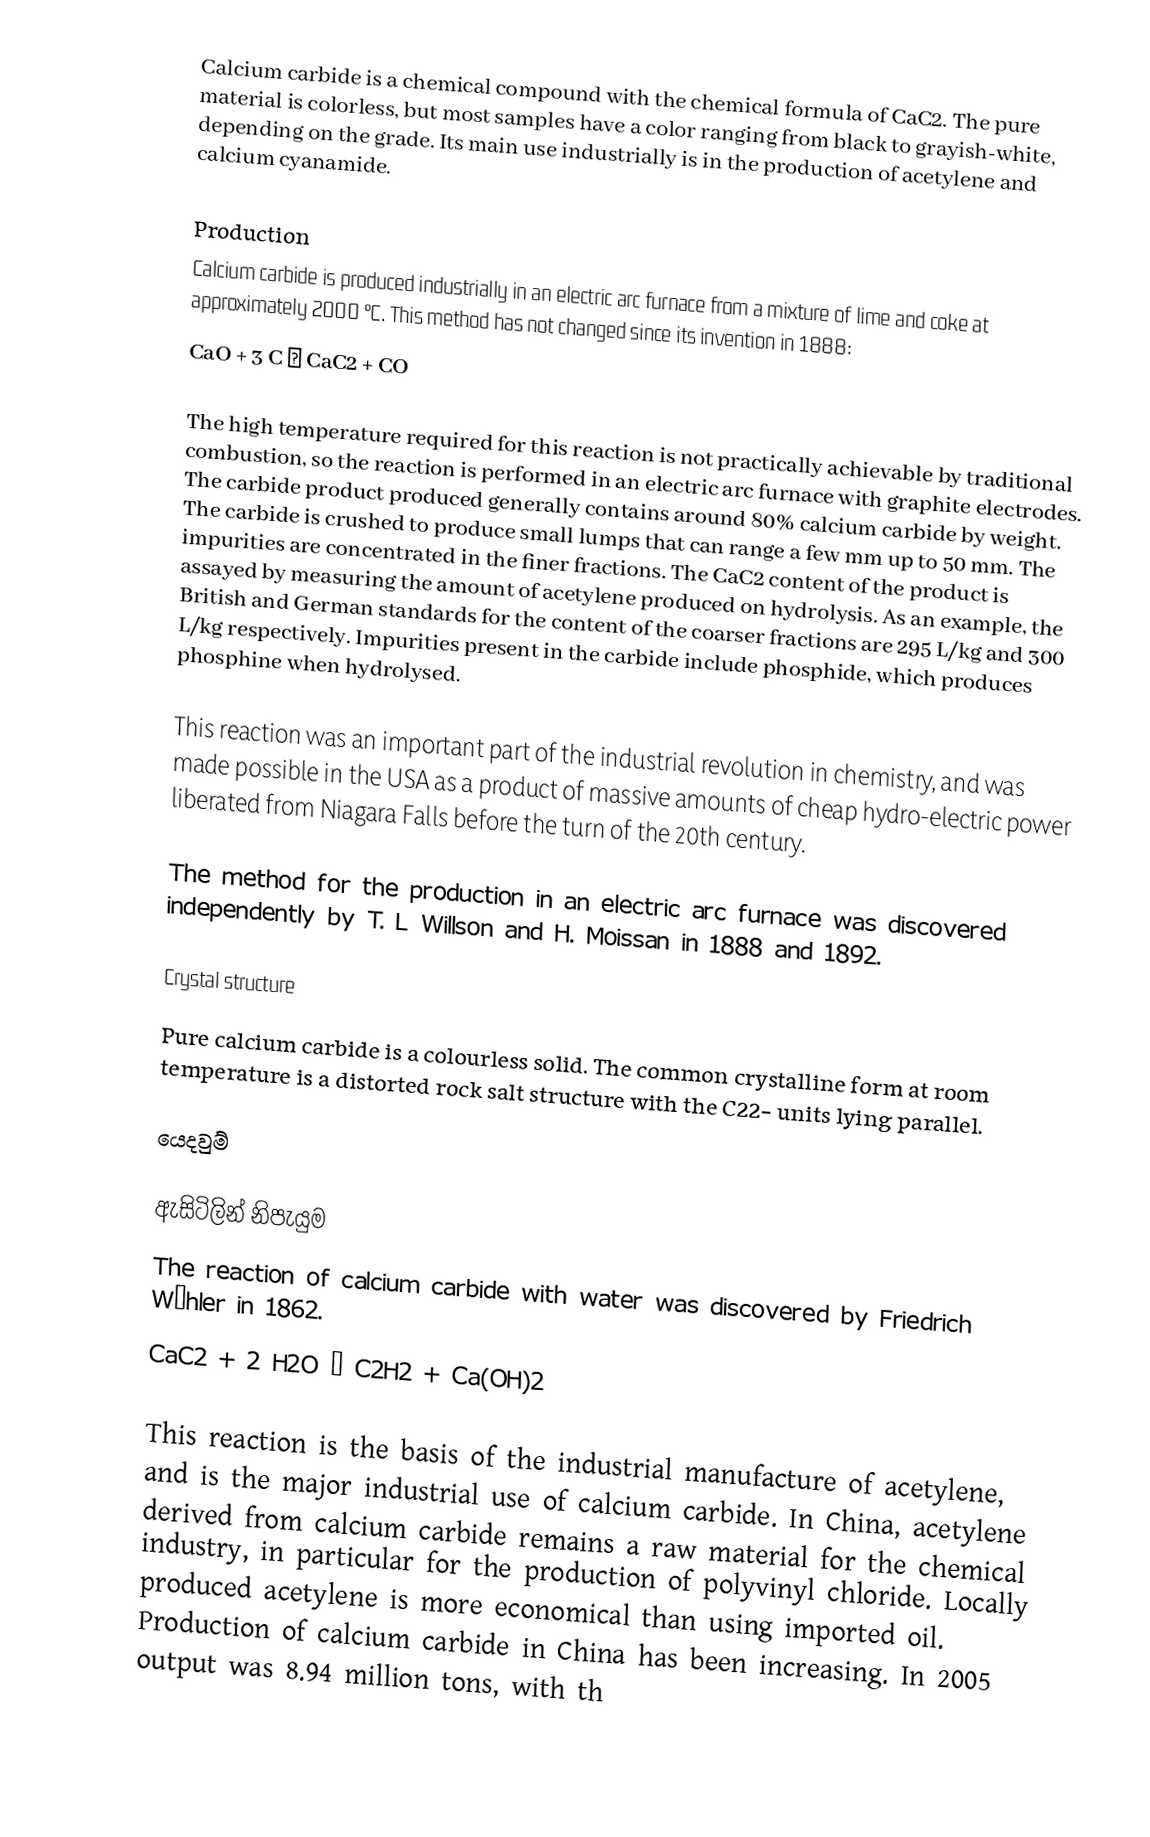
Calcium carbide is a chemical compound with the chemical formula of CaC2. The pure material is colorless, but most samples have a color ranging from black to grayish-white, depending on the grade. Its main use industrially is in the production of acetylene and calcium cyanamide.

Production
Calcium carbide is produced industrially in an electric arc furnace from a mixture of lime and coke at approximately 2000 °C. This method has not changed since its invention in 1888:
CaO + 3 C → CaC2 + CO

The high temperature required for this reaction is not practically achievable by traditional combustion, so the reaction is performed in an electric arc furnace with graphite electrodes. The carbide product produced generally contains around 80% calcium carbide by weight. The carbide is crushed to produce small lumps that can range a few mm up to 50 mm. The impurities are concentrated in the finer fractions. The CaC2 content of the product is assayed by measuring the amount of acetylene produced on hydrolysis. As an example, the British and German standards for the content of the coarser fractions are 295 L/kg and 300 L/kg respectively. Impurities present in the carbide include phosphide, which produces phosphine when hydrolysed.

This reaction was an important part of the industrial revolution in chemistry, and was made possible in the USA as a product of massive amounts of cheap hydro-electric power liberated from Niagara Falls before the turn of the 20th century.

The method for the production in an electric arc furnace was discovered independently by T. L Willson and H. Moissan in 1888 and 1892.

Crystal structure
Pure calcium carbide is a colourless solid. The common crystalline form at room temperature is a distorted rock salt structure with the C22− units lying parallel.

යෙදවුම්

ඇසිටිලින් නිපැයුම
The reaction of calcium carbide with water was discovered by Friedrich Wöhler in 1862.
CaC2 + 2 H2O → C2H2 + Ca(OH)2

This reaction is the basis of the industrial manufacture of acetylene, and is the major industrial use of calcium carbide. In China, acetylene derived from calcium carbide remains a raw material for the chemical industry, in particular for the production of polyvinyl chloride. Locally produced acetylene is more economical than using imported oil. Production of calcium carbide in China has been increasing. In 2005 output was 8.94 million tons, with th